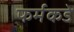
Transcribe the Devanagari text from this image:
फर्मकडे